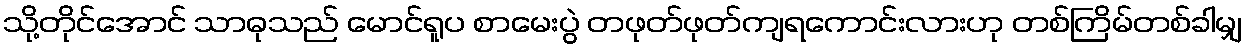
သို့တိုင်အောင် သာဓုသည် မောင်ရူပ စာမေးပွဲ တဖုတ်ဖုတ်ကျရကောင်းလားဟု တစ်ကြိမ်တစ်ခါမျှ